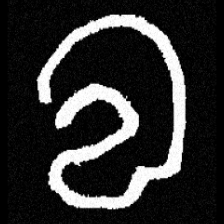
Pyu character \u2014 Myanmar letter: လ (romanized: la)